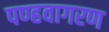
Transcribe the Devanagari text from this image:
पण्हवागरण